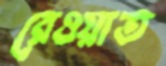
রেওয়াত